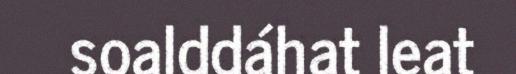
soalddáhat leat